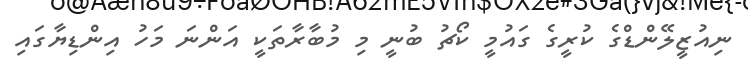
ނިއުޒީލޭންޑްގެ ކުރީގެ ގައުމީ ކޯޗު ބުނީ މި މުބާރާތަކީ އަންނަ މަހު އިންޑިޔާގައި